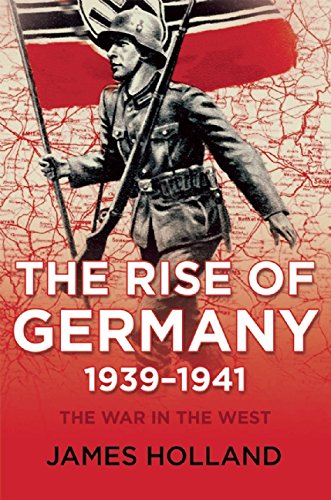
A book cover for The Rise of Germany, 1939-1941: The War in the West, Volume 1; James Holland; History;